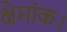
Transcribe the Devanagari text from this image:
क्षेमांक।